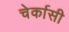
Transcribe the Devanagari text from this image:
चेर्कासी